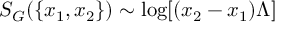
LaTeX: S _ { G } ( \{ x _ { 1 } , x _ { 2 } \} ) \sim \mathrm { l o g } [ ( x _ { 2 } - x _ { 1 } ) \Lambda ]